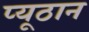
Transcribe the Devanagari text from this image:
प्यूठान